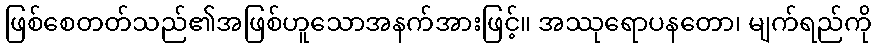
ဖြစ်စေတတ်သည်၏အဖြစ်ဟူသောအနက်အားဖြင့်။ အဿုရောပနတော၊ မျက်ရည်ကို